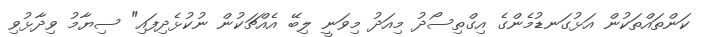
ކަންތައްތަކުން އަޅުގަނޑުމެންގެ އިގްތިސޯދު މިއަދު މިވަނީ ލިބޭ އެއްޗަކުން ނުކުޅެދިފައި" ސިޔާމު ވިދާޅުވި